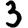
Digit: 3